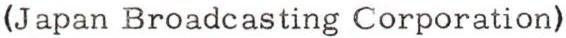
(Japan Broadcasting Corporation)